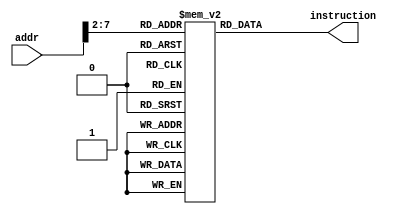
`timescale 1ns / 1ps
//////////////////////////////////////////////////////////////////////////////////
// Engineer: 
// 
// Module Name: InstMem
// Project Name: 
// 
//////////////////////////////////////////////////////////////////////////////////


module Instmem(
    input  [7:0] addr,
    output [31:0] instruction 
    );

reg [31:0] Instruction_memory[63:0];
initial
 begin
    Instruction_memory[0] = 32'h00007033;  // and r0, r0, r0 32'h00000000
    Instruction_memory[1] = 32'h00100093;  // addi r1, r0, 1 32'h00000001
    Instruction_memory[2] = 32'h00200113;  // addi r2, r0, 2 32h00000002
    Instruction_memory[3] = 32'h00308193;  // addi r3, r1, 3 32h00000004
    Instruction_memory[4] = 32'h00408213;  // addi r4, r1, 4 32h00000005
    Instruction_memory[5] = 32'h00510293;  // addi r5, r2, 5 32h00000007
    Instruction_memory[6] = 32'h00610313;  // addi r6, r2, 6 32h00000008
    Instruction_memory[7] = 32'h00718393;  // addi r7, r3, 7 32h0000000B
    Instruction_memory[8] = 32'h00208433;  // add r8, r1, r2 32h00000003
    Instruction_memory[9] = 32'h404404b3;  // sub r9, r8, r4 32'hfffffffe
    Instruction_memory[10] = 32'h00317533; // and r10, r2, r3 32'h00000000
    Instruction_memory[11] = 32'h0041e5b3; // or r11, r3, r4 32'h00000005
    Instruction_memory[12] = 32'h0041a633; // if r3 is less than r4 then r12 = 1 32'h00000001
    Instruction_memory[13] = 32'h007346b3; // nor r13, r6, r7 32'hfffffff4
    Instruction_memory[14] = 32'h4d34f713; // andi r14, r9, "4D3" 32'h000004D2
    Instruction_memory[15] = 32'h8d35e793; // ori r15, r11, "8d3" 32'hfffff8d7
    Instruction_memory[16] = 32'h4d26a813; // if r13 is less than 32'h000004D2 then r16 = 1 32'h00000000
    Instruction_memory[17] = 32'h4d244893; // nori r17, r8, "4D2" 32'hfffffb2C
    Instruction_memory[18] = 32'h02b02823; // sw r11, 48(r0) alu result = 32'h00000030
    Instruction_memory[19] = 32'h03002603; // lw r12, 48(r0) alu result = 32'h00000030 , r12 = 32'h00000005
 end

assign instruction = Instruction_memory[addr[7:2]];

endmodule